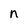
Character: n